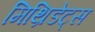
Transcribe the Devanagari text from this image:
मिथ्रिडेट्स